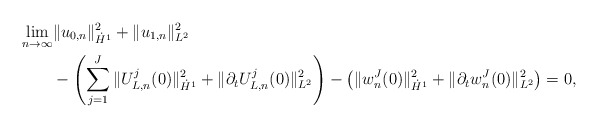
\begin{align*}\lim_{n \rightarrow \infty} &\| u_{0,n} \|_{\dot H^1}^2 + \| u_{1,n} \|^2_{L^2} \\ &- \left ( \sum_{j = 1}^J \| U^j_{L,n}(0) \|^2_{\dot H^1} + \| \partial_t U^j_{L,n}(0) \|^2_{L^2}\right ) - \left ( \| w^J_{n}(0) \|^2_{\dot H^1} + \| \partial_t w^J_{n}(0) \|^2_{L^2} \right ) = 0, \end{align*}